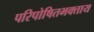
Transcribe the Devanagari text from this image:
परिपोषितभक्ताय